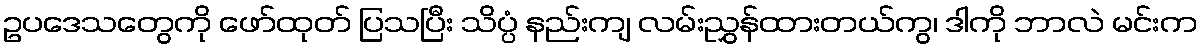
ဥပဒေသတွေကို ဖော်ထုတ် ပြသပြီး သိပ္ပံ နည်းကျ လမ်းညွှန်ထားတယ်ကွ၊ ဒါကို ဘာလဲ မင်းက